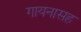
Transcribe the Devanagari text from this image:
गायनासह